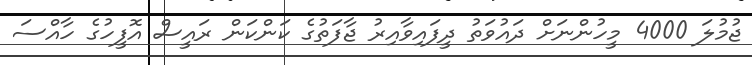
ޖުމުލަ 4000 މީހުންނަށް ދައުވަތު ދީފައިވާއިރު ޖާފަތުގެ ކަންކަން ރައީސް އޮފީހުގެ ހާއްސަ